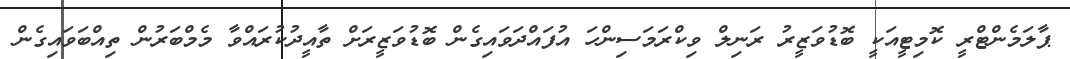
ޕާލަމެންޓްރީ ކޮމިޓީއަކީ ބޮޑުވަޒީރު ރަނިލް ވިކްރަމަސިންހަ އުފައްދަވައިގެން ބޮޑުވަޒީރަށް ތާއީދުކުރައްވާ މެމްބަރުން ތިއްބަވައިގެން